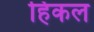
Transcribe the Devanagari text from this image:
हिकल